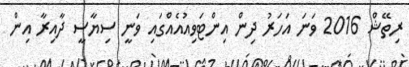
ރިތޭޝް 2016 ވަނަ އަހަރު ދިން އިންޓަވިއުއެއްގައި ވަނީ ސިޔާސީ ދާއިރާ އިން